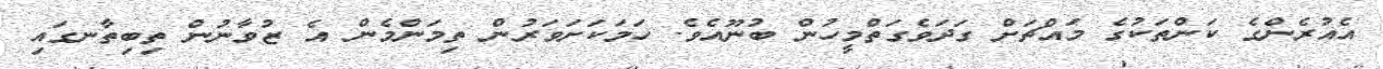
އެއުރެންގެ ކަންތަކުގެ މައްޗަށް ގަދަވެގަތްމީހުން ބުނޫއެވެ. ހަމަކަށަވަރުން ތިމަންމެން އެ ޒުވާނުން ތިބިތާނގައި